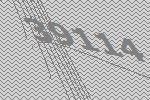
39114